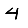
Digit: 4